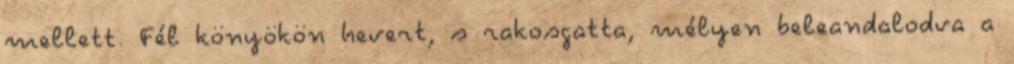
mellett. Fél könyökön hevert, s rakosgatta, mélyen beleandalodva a